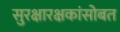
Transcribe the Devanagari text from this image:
सुरक्षारक्षकांसोबत